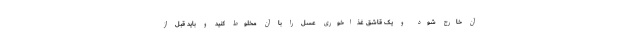
آن خارج شود و یک قاشق غذاخوری عسل را با آن مخلوط کنید و باید قبل از